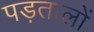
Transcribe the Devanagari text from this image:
पड़तालों